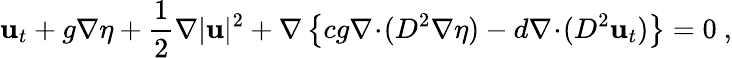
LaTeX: \mathbf{u}_{t}+g\nabla\eta+\frac{1}{2}\nabla|\mathbf{u}|^{2}+\nabla\left\{ cg\nabla\! \cdot\! (D^{2}\nabla\eta)-d\nabla\! \cdot\! (D^{2}\mathbf{u}_{t})\right\} =0\ ,